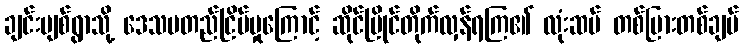
ချင်းဗျစ်ရွာသို့ ဒေသမတည်ငြိမ်မှုကြောင့် ဆိုင်ပြိုင်တိုက်လှန်ရကြ၏ လုံးဆမ် တစ်ပြားတစ်ချပ်